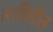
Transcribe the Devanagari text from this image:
लावितील